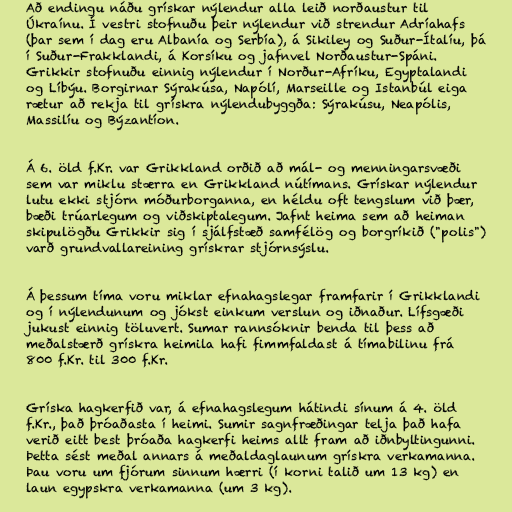
Að endingu náðu grískar nýlendur alla leið norðaustur til
Úkraínu. Í vestri stofnuðu þeir nýlendur við strendur Adríahafs
(þar sem í dag eru Albanía og Serbía), á Sikiley og Suður-Ítalíu, þá
í Suður-Frakklandi, á Korsíku og jafnvel Norðaustur-Spáni.
Grikkir stofnuðu einnig nýlendur í Norður-Afríku, Egyptalandi
og Líbýu. Borgirnar Sýrakúsa, Napólí, Marseille og Istanbúl eiga
rætur að rekja til grískra nýlendubyggða: Sýrakúsu, Neapólis,
Massilíu og Býzantíon.

Á 6. öld f.Kr. var Grikkland orðið að mál- og menningarsvæði
sem var miklu stærra en Grikkland nútímans. Grískar nýlendur
lutu ekki stjórn móðurborganna, en héldu oft tengslum við þær,
bæði trúarlegum og viðskiptalegum. Jafnt heima sem að heiman
skipulögðu Grikkir sig í sjálfstæð samfélög og borgríkið ("polis")
varð grundvallareining grískrar stjórnsýslu.

Á þessum tíma voru miklar efnahagslegar framfarir í Grikklandi
og í nýlendunum og jókst einkum verslun og iðnaður. Lífsgæði
jukust einnig töluvert. Sumar rannsóknir benda til þess að
meðalstærð grískra heimila hafi fimmfaldast á tímabilinu frá
800 f.Kr. til 300 f.Kr.

Gríska hagkerfið var, á efnahagslegum hátindi sínum á 4. öld
f.Kr., það þróaðasta í heimi. Sumir sagnfræðingar telja það hafa
verið eitt best þróaða hagkerfi heims allt fram að iðnbyltingunni.
Þetta sést meðal annars á meðaldaglaunum grískra verkamanna.
Þau voru um fjórum sinnum hærri (í korni talið um 13 kg) en
laun egypskra verkamanna (um 3 kg).